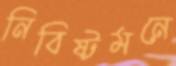
নিবিষ্টমনে